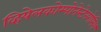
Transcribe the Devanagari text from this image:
व्हियेलकोम्पोनेन्टेनगेमिश